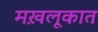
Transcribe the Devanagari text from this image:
मख़लूकात